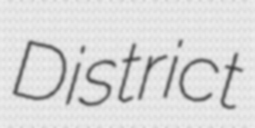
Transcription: District